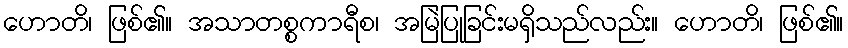
ဟောတိ၊ ဖြစ်၏။ အသာတစ္စကာရီစ၊ အမြဲပြုခြင်းမရှိသည်လည်း။ ဟောတိ၊ ဖြစ်၏။